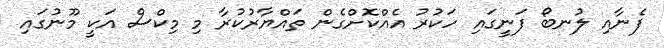
ފެނާއި ލުނބޯ ފަނީގައި ހަކުރު އެއްކޮށްގެން ތައްޔާރުކުރާ މި މިކްސް އަކީ މޫނުގައި